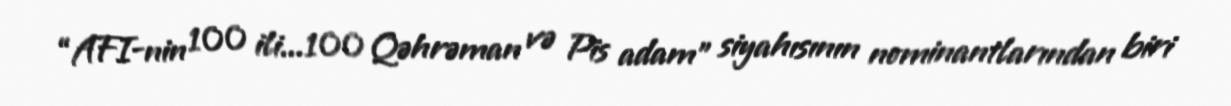
“AFI-nin 100 ili...100 Qəhrəman və Pis adam” siyahısının nominantlarından biri